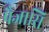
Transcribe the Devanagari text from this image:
पैजासि